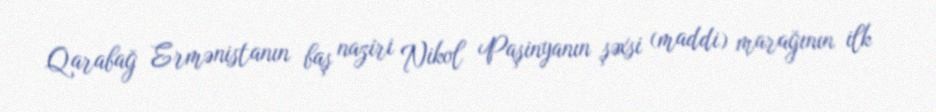
Qarabağ Ermənistanın baş naziri Nikol Paşinyanın şəxsi (maddi) marağının ilk